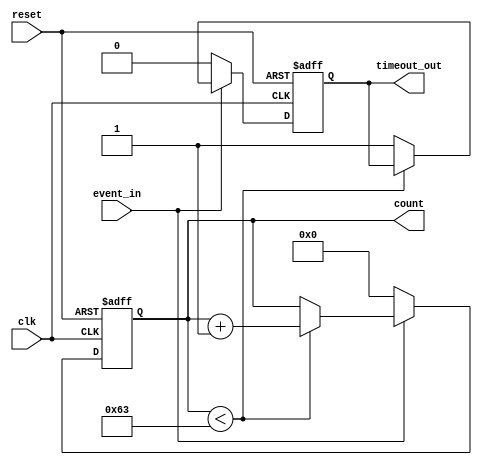
module timeout_counter #(
    parameter COUNTER_WIDTH = 8,      // Width of the counter
    parameter TIMEOUT_THRESHOLD = 100  // Predefined time-out threshold (in clock cycles)
)(
    input wire clk,                     // Clock input
    input wire reset,                   // Active-high reset input
    input wire event_in,                // Event signal input
    output reg [COUNTER_WIDTH-1:0] count = 0, // Current count value
    output reg timeout_out              // Time-out signal output
);

// Sequential logic to handle counter increment and reset
always @(posedge clk or posedge reset) begin
    if (reset) begin
        // Reset the counter and timeout signal
        count <= 0;
        timeout_out <= 0;
    end else if (event_in) begin
        // Increment the counter when event is active
        if (count < (TIMEOUT_THRESHOLD - 1)) begin
            count <= count + 1;
        end else begin
            // If the counter reaches the threshold, assert timeout
            count <= count; // Stay at the max count
            timeout_out <= 1;
        end
    end else begin
        // Reset the counter when the event is inactive
        count <= 0;
        timeout_out <= 0;
    end
end

endmodule